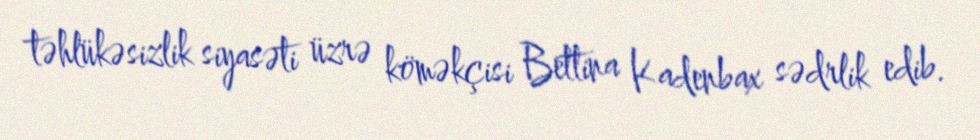
təhlükəsizlik siyasəti üzrə köməkçisi Bettina Kadenbax sədrlik edib.